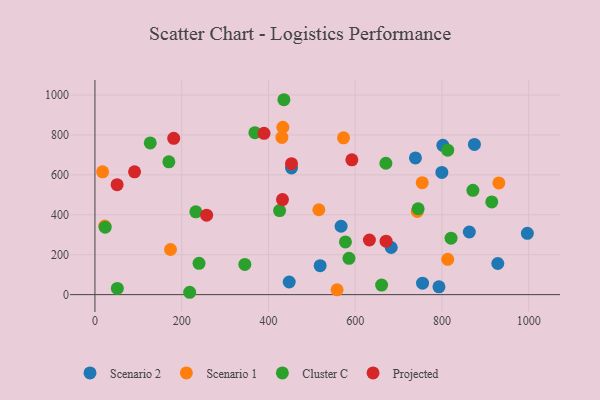
{"axis": {"x": "Distance", "y": "Rating"}, "legend": ["Cluster C", "Projected", "Scenario 1", "Scenario 2"], "data": [{"x": "874.9", "y": 752.4, "type": "Scenario 2"}, {"x": "799.8", "y": 612.1, "type": "Scenario 2"}, {"x": "802.1", "y": 747.7, "type": "Scenario 2"}, {"x": "519.2", "y": 144.9, "type": "Scenario 2"}, {"x": "447.9", "y": 63.3, "type": "Scenario 2"}, {"x": "453.2", "y": 634.4, "type": "Scenario 2"}, {"x": "567.5", "y": 342.4, "type": "Scenario 2"}, {"x": "755.3", "y": 57.2, "type": "Scenario 2"}, {"x": "863.2", "y": 313.7, "type": "Scenario 2"}, {"x": "997.0", "y": 307.2, "type": "Scenario 2"}, {"x": "928.8", "y": 156.0, "type": "Scenario 2"}, {"x": "793.1", "y": 38.9, "type": "Scenario 2"}, {"x": "738.9", "y": 685.0, "type": "Scenario 2"}, {"x": "683.1", "y": 236.1, "type": "Scenario 2"}, {"x": "573.1", "y": 785.6, "type": "Scenario 1"}, {"x": "516.2", "y": 425.3, "type": "Scenario 1"}, {"x": "754.5", "y": 560.9, "type": "Scenario 1"}, {"x": "22.6", "y": 343.6, "type": "Scenario 1"}, {"x": "743.3", "y": 416.6, "type": "Scenario 1"}, {"x": "931.2", "y": 559.6, "type": "Scenario 1"}, {"x": "17.7", "y": 615.3, "type": "Scenario 1"}, {"x": "813.3", "y": 176.8, "type": "Scenario 1"}, {"x": "174.2", "y": 226.0, "type": "Scenario 1"}, {"x": "433.2", "y": 838.3, "type": "Scenario 1"}, {"x": "431.0", "y": 787.3, "type": "Scenario 1"}, {"x": "558.2", "y": 24.0, "type": "Scenario 1"}, {"x": "51.6", "y": 31.0, "type": "Cluster C"}, {"x": "585.7", "y": 181.9, "type": "Cluster C"}, {"x": "914.9", "y": 464.4, "type": "Cluster C"}, {"x": "218.4", "y": 11.8, "type": "Cluster C"}, {"x": "660.9", "y": 48.0, "type": "Cluster C"}, {"x": "240.0", "y": 156.9, "type": "Cluster C"}, {"x": "821.0", "y": 283.0, "type": "Cluster C"}, {"x": "813.3", "y": 723.5, "type": "Cluster C"}, {"x": "425.7", "y": 420.8, "type": "Cluster C"}, {"x": "170.4", "y": 665.1, "type": "Cluster C"}, {"x": "232.6", "y": 414.8, "type": "Cluster C"}, {"x": "368.8", "y": 811.5, "type": "Cluster C"}, {"x": "23.6", "y": 337.9, "type": "Cluster C"}, {"x": "127.5", "y": 759.8, "type": "Cluster C"}, {"x": "577.5", "y": 264.1, "type": "Cluster C"}, {"x": "345.6", "y": 151.1, "type": "Cluster C"}, {"x": "871.4", "y": 522.3, "type": "Cluster C"}, {"x": "745.1", "y": 430.3, "type": "Cluster C"}, {"x": "435.7", "y": 976.3, "type": "Cluster C"}, {"x": "670.8", "y": 658.1, "type": "Cluster C"}, {"x": "671.2", "y": 267.7, "type": "Projected"}, {"x": "453.2", "y": 656.0, "type": "Projected"}, {"x": "592.3", "y": 675.5, "type": "Projected"}, {"x": "257.5", "y": 397.9, "type": "Projected"}, {"x": "91.3", "y": 615.3, "type": "Projected"}, {"x": "432.4", "y": 476.0, "type": "Projected"}, {"x": "181.6", "y": 782.7, "type": "Projected"}, {"x": "632.8", "y": 273.7, "type": "Projected"}, {"x": "51.1", "y": 550.8, "type": "Projected"}, {"x": "389.8", "y": 808.2, "type": "Projected"}]}